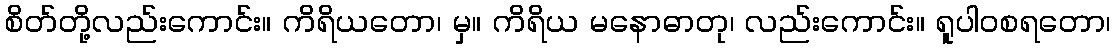
စိတ်တို့လည်းကောင်း။ ကိရိယတော၊ မှ။ ကိရိယ မနောဓာတု၊ လည်းကောင်း။ ရူပါဝစရတော၊